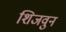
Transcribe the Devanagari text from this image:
शिजवुन